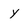
Character: y